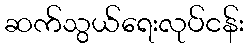
ဆက်သွယ်ရေးလုပ်ငန်း